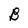
Character: B